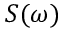
S ( \omega )